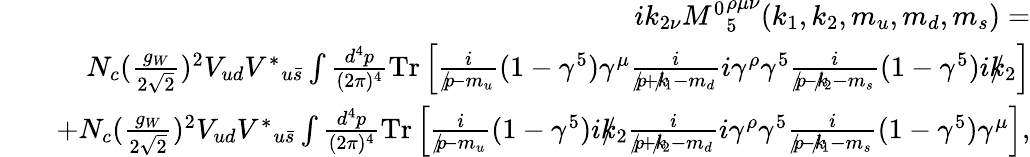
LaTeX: \begin{array}{rlr}&{}&{ik_{2\nu}{M^{0}}_{5}^{\rho\mu\nu}(k_{1},k_{2},m_{u},m_{d},m_{s})=}\\ &{}&{N_{c}(\frac{g_{W}}{2\sqrt{2}})^{2}V_{ud}{V^{\ast}}_{u\bar{s}}\int\frac{d^{4}p}{(2\pi)^{4}}\mathrm{{Tr}}\left[\frac{i}{p\! \! \! /-m_{u}}(1-\gamma^{5})\gamma^{\mu}\frac{i}{p\! \! \! /+k\! \! \! /_{1}-m_{d}}i\gamma^{\rho}\gamma^{5}\frac{i}{p\! \! \! /-k\! \! \! /_{2}-m_{s}}(1-\gamma^{5})ik\! \! \! /_{2}\right]}\\ &{}&{+N_{c}(\frac{g_{W}}{2\sqrt{2}})^{2}V_{ud}{V^{\ast}}_{u\bar{s}}\int\frac{d^{4}p}{(2\pi)^{4}}{\mathrm{Tr}}\left[\frac{i}{p\! \! \! /-m_{u}}(1-\gamma^{5})ik\! \! \! /_{2}\frac{i}{p\! \! \! /+k\! \! \! /_{2}-m_{d}}i\gamma^{\rho}\gamma^{5}\frac{i}{p\! \! \! /-k\! \! \! /_{1}-m_{s}}(1-\gamma^{5})\gamma^{\mu}\right],}\end{array}